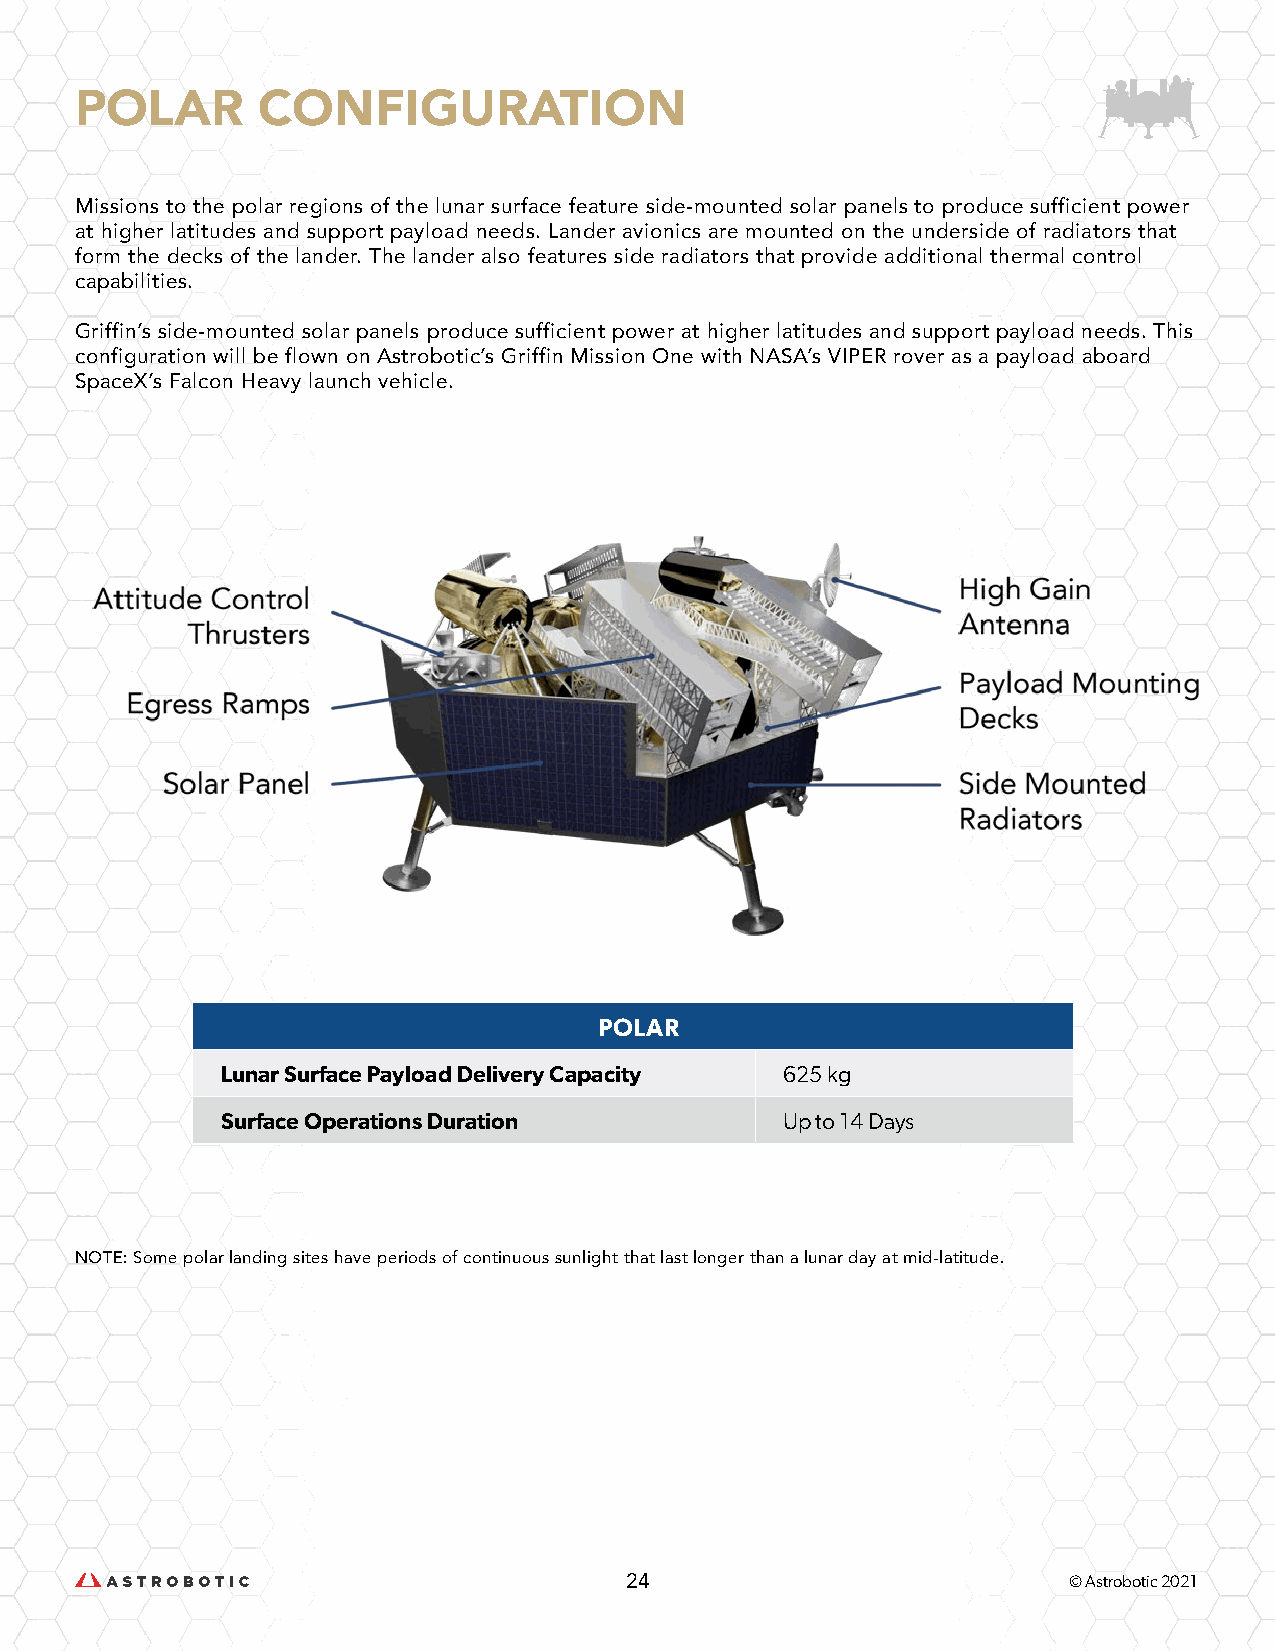
POLAR       CONFIGURATION
 Missions to the polar regions of the lunar surface feature side-mounted solar panels to produce sufficient power
 at higher latitudes and support payload needs. Lander avionics are mounted on the underside of radiators that
 form the decks of the lander. The lander also features side radiators that provide additional thermal control
 capabilities.
 Griffin’s side-mounted solar panels produce sufficient power at higher latitudes and support payload needs. This
 configuration will be flown on Astrobotic’s Griffin Mission One with NASA’s VIPER rover as a payload aboard
 SpaceX’s Falcon Heavy launch vehicle.
 POLAR
 Lunar Surface Payload Delivery Capacity 625 kg
 Surface Operations Duration          Up to 14 Days
 NOTE: Some polar landing sites have periods of continuous sunlight that last longer than a lunar day at mid-latitude.
 24                            © Astrobotic 2021